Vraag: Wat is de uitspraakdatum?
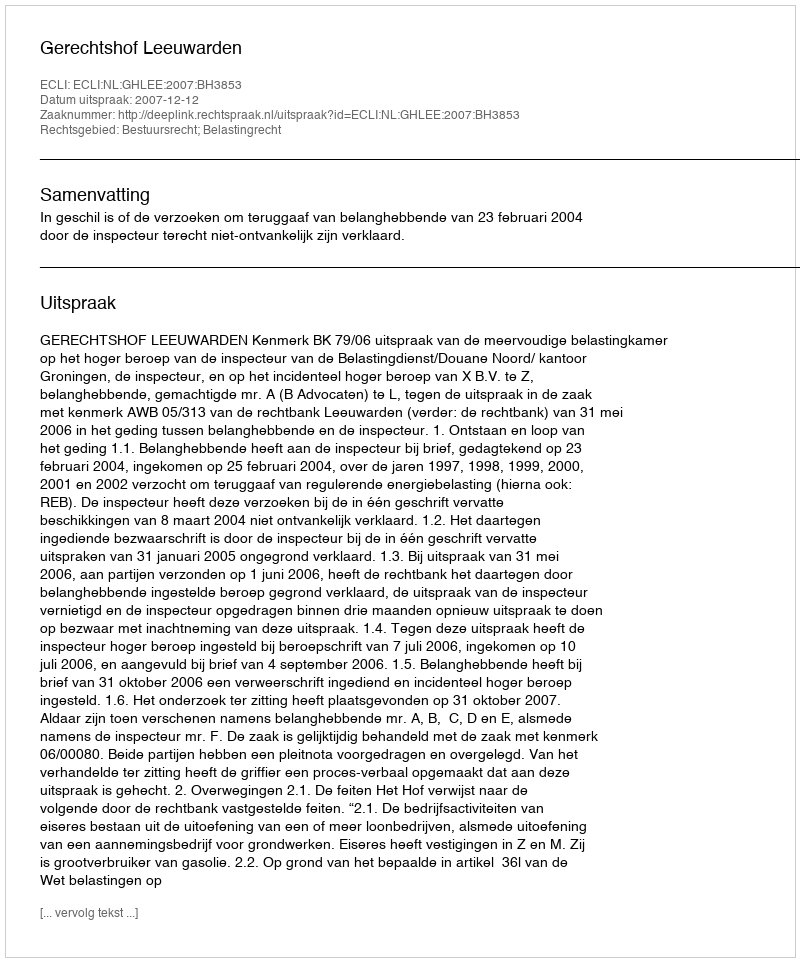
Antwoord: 2007-12-12